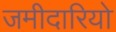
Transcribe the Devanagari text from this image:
जमीदारियो